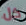
كل